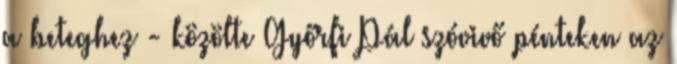
a beteghez - közölte Győrfi Pál szóvivő pénteken az